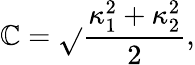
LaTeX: \mathbb{C}=\sqrt{}{{\frac{{\kappa_{1}^{2}+\kappa_{2}^{2}}}{{2}}}},